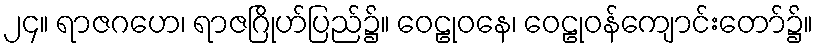
၂၄။ ရာဇဂဟေ၊ ရာဇဂြိုဟ်ပြည်၌။ ဝေဠုဝနေ၊ ဝေဠုဝန်ကျောင်းတော်၌။